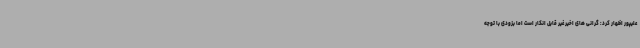
علیپور اظهار کرد: گرانی های اخیر غیر قابل انکار است اما بزودی با توجه